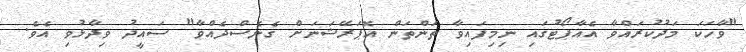
"ވާހަކަ މަދުކުރައްވާ އެއާޕޯޓުގައި ނިމިފައިވާ ތަންތަން އޮޕަރޭޝަނަށް ގެނެސްދެއްވާ" ސައީދު ވިދާޅުވި އެވެ.